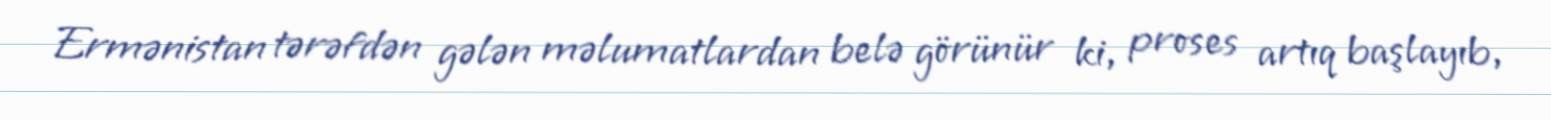
Ermənistan tərəfdən gələn məlumatlardan belə görünür ki, proses artıq başlayıb,